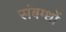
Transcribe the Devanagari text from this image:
संबम्धों